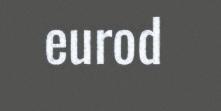
eurod